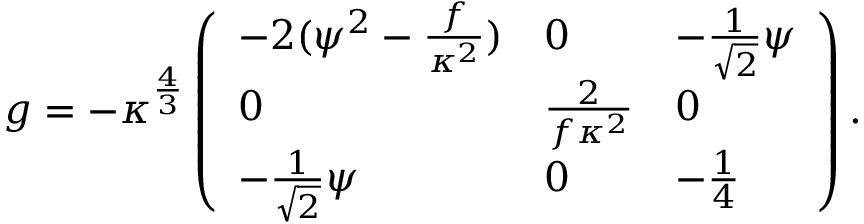
g = - \kappa ^ { \frac { 4 } { 3 } } \left( \begin{array} { l l l } { { - 2 ( \psi ^ { 2 } - { \frac { f } { \kappa ^ { 2 } } } ) } } & { { 0 } } & { { - { \frac { 1 } { \sqrt { 2 } } } \psi } } \\ { { 0 } } & { { { \frac { 2 } { f \kappa ^ { 2 } } } } } & { { 0 } } \\ { { - { \frac { 1 } { \sqrt { 2 } } } \psi } } & { { 0 } } & { { - { \frac { 1 } { 4 } } } } \end{array} \right) .